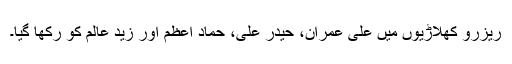
ریزرو کھلاڑیوں میں علی عمران، حیدر علی، حماد اعظم اور زید عالم کو رکھا گیا۔